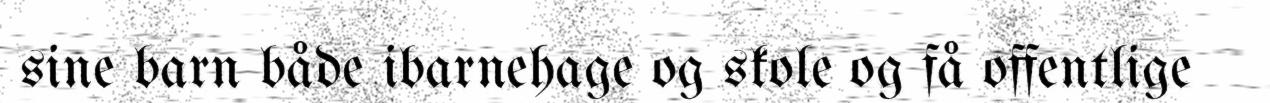
sine barn både ibarnehage og skole og få offentlige